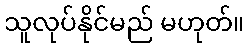
သူလုပ်နိုင်မည် မဟုတ်။